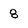
Character: 8